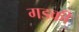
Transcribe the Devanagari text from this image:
गडकी